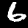
Digit: 6